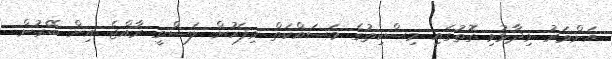
އަންވަރު ވިދާޅުވި ގޮތުގައި މިސްކިތުގެ މަސައްކަތް މިފަހުން ލަސްވީ ރާއްޖެ އިން ބޭރުން